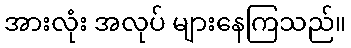
အားလုံး အလုပ် များနေကြသည်။